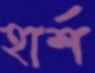
হার্শ